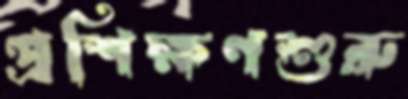
প্রশিক্ষণশুরু